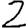
Digit: 2